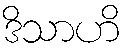
ဒိသာဟိ